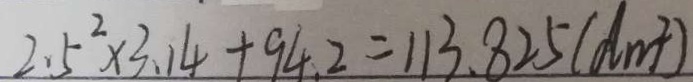
2 . 5 ^ { 2 } \times 3 . 1 4 + 9 4 . 2 = 1 1 3 . 8 2 5 ( d m ^ { 2 } )